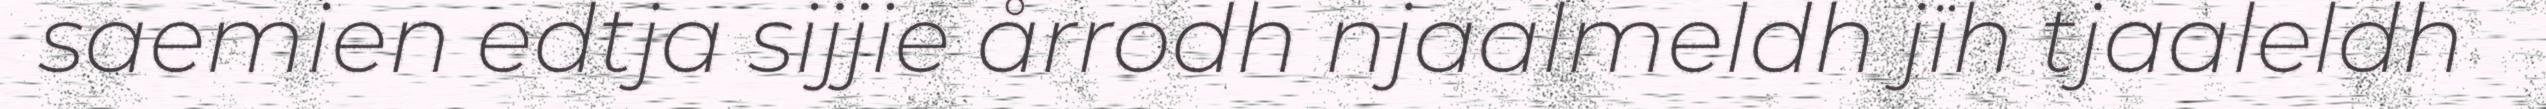
saemien edtja sijjie årrodh njaalmeldh jïh tjaaleldh